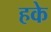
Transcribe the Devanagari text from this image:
हके